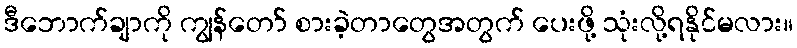
ဒီဘောက်ချာကို ကျွန်တော် စားခဲ့တာတွေအတွက် ပေးဖို့ သုံးလို့ရနိုင်မလား။